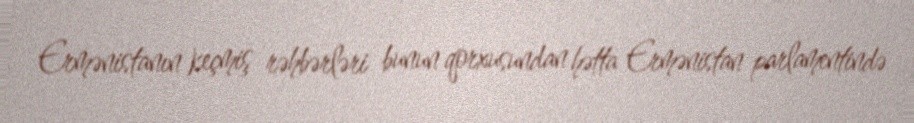
Ermənistanın keçmiş rəhbərləri bunun qorxusundan hətta Ermənistan parlamentində